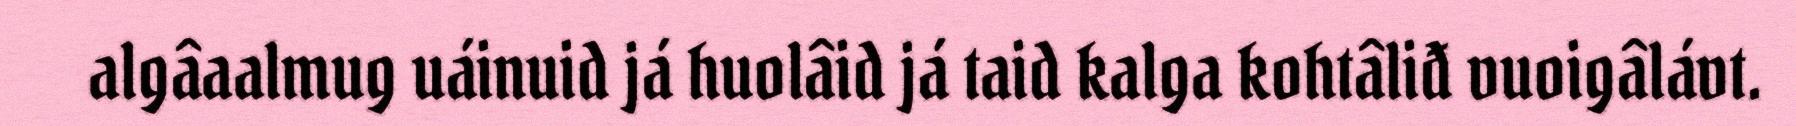
algâaalmug uáinuid já huolâid já taid kalga kohtâliđ vuoigâlávt.